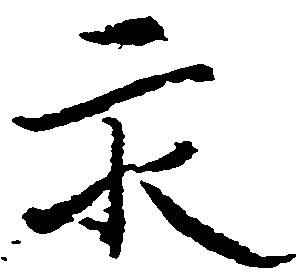
永